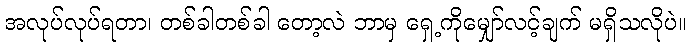
အလုပ်လုပ်ရတာ၊ တစ်ခါတစ်ခါ တော့လဲ ဘာမှ ရှေ့ကိုမျှော်လင့်ချက် မရှိသလိုပဲ။